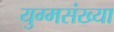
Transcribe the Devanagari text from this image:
युग्मसंख्या